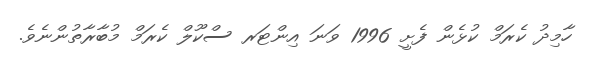
ހާމިދު ކެރަމް ކުޅެން ފެށީ 1996 ވަނަ އިންޓަރ ސްކޫލް ކެރަމް މުބާރާތުންނެވެ.